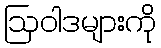
ဩဝါဒများကို